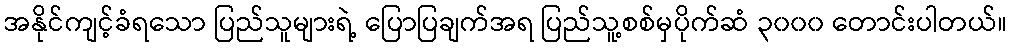
အနိုင်ကျင့်ခံရသော ပြည်သူများရဲ့ ပြောပြချက်အရ ပြည်သူ့စစ်မှပိုက်ဆံ ၃၀၀၀ တောင်းပါတယ်။